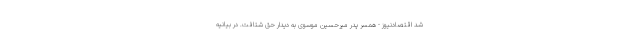
شد اقتصادنیوز - همسر پدر میرحسین موسوی به دیدار حق شتافت. در بیانیه